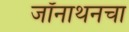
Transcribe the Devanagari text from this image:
जॉनाथनचा